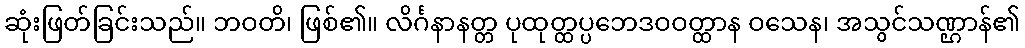
ဆုံးဖြတ်ခြင်းသည်။ ဘဝတိ၊ ဖြစ်၏။ လိင်္ဂနာနတ္တ ပုထုတ္ထပ္ပဘေဒဝဝတ္ထာန ဝသေန၊ အသွင်သဏ္ဌာန်၏